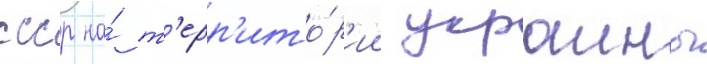
ссср на́ т'ерр'ито́р'ии украины